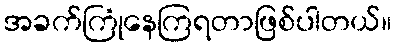
အခက်ကြုံနေကြရတာဖြစ်ပါတယ်။